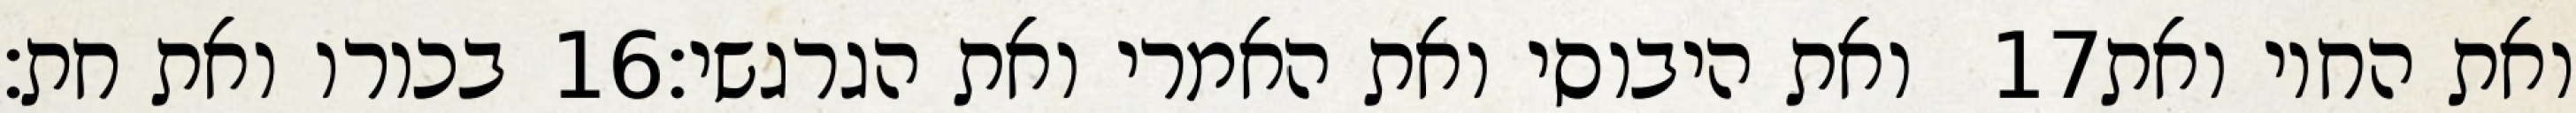
בכורו ואת חת׃ ‎16‏ ואת היבוסי ואת האמרי ואת הגרגשי׃ ‎17‏ ואת החוי ואת